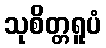
သုစိတ္တရူပံ